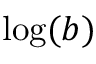
{ \log ( b ) }